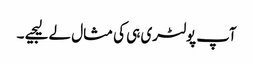
آپ پولٹری ہی کی مثال لے لیجیے ۔